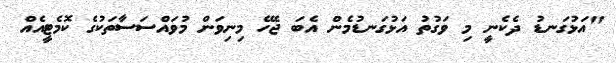
"އަޅުގަނޑު ދެކެނީ މި ވަގުތު އަޅުގަނޑުމެން އެބަ ޖެހޭ މިނިވަން މުވައްސަސާތަކުގެ ކޮމެޓީއެއް